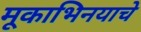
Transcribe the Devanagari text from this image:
मूकाभिनयाचे